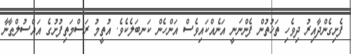
ފެށިގެންދާއިރު ދިވެހި ތަޚުތުން ފެންނަނީ އަނެއްކައިވެސް އަންހެން ކަނބަލެކެވެ. އުތީމު ރަސްމަތިފުށުގެ އައްސުލްޠާނާ